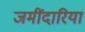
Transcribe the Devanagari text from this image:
जमींदारियां